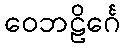
ဝေဘဠိင်္ဂေ